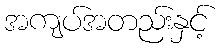
အကျပ်အတည်းနှင့်